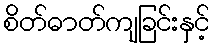
စိတ်ဓာတ်ကျခြင်းနှင့်